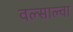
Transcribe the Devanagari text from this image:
वल्साल्वा